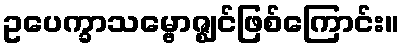
ဥပေက္ခာသမ္ဗောဇ္ဈင်ဖြစ်ကြောင်း။